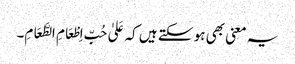
یہ معنی بھی ہو سکتے ہیں کہ عَلیٰ حُبِّ اِطْعَامِ الطَّعَامِ۔